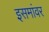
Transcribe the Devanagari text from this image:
इसमांवर